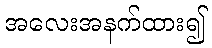
အလေးအနက်ထား၍